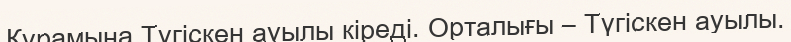
Құрамына Түгіскен ауылы кіреді. Орталығы – Түгіскен ауылы.